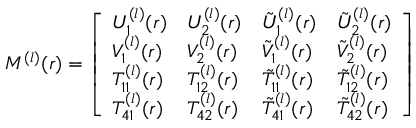
\begin{array} { r } { M ^ { ( l ) } ( r ) = \left[ \begin{array} { l l l l } { U _ { 1 } ^ { ( l ) } ( r ) } & { U _ { 2 } ^ { ( l ) } ( r ) } & { \tilde { U } _ { 1 } ^ { ( l ) } ( r ) } & { \tilde { U } _ { 2 } ^ { ( l ) } ( r ) } \\ { V _ { 1 } ^ { ( l ) } ( r ) } & { V _ { 2 } ^ { ( l ) } ( r ) } & { \tilde { V } _ { 1 } ^ { ( l ) } ( r ) } & { \tilde { V } _ { 2 } ^ { ( l ) } ( r ) } \\ { T _ { 1 1 } ^ { ( l ) } ( r ) } & { T _ { 1 2 } ^ { ( l ) } ( r ) } & { \tilde { T } _ { 1 1 } ^ { ( l ) } ( r ) } & { \tilde { T } _ { 1 2 } ^ { ( l ) } ( r ) } \\ { T _ { 4 1 } ^ { ( l ) } ( r ) } & { T _ { 4 2 } ^ { ( l ) } ( r ) } & { \tilde { T } _ { 4 1 } ^ { ( l ) } ( r ) } & { \tilde { T } _ { 4 2 } ^ { ( l ) } ( r ) } \end{array} \right] } \end{array}